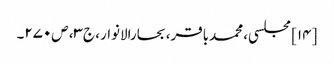
[۱۴] مجلسی، محمدباقر، بحارالانوار، ج‌۳، ص‌۲۷۰۔